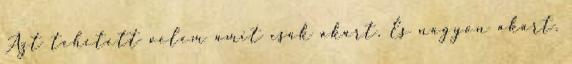
Azt tehetett velem amit csak akart. És nagyon akart.